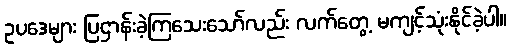
ဥပဒေများ ပြဌာန်းခဲ့ကြသေးသော်လည်း လက်တွေ့ မကျင့်သုံးနိုင်ခဲ့ပါ။